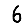
Digit: 6